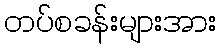
တပ်စခန်းများအား